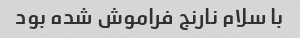
با سلام نارنج فراموش شده بود